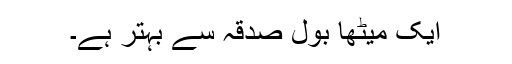
ایک میٹھا بول صدقہ سے بہتر ہے۔